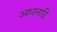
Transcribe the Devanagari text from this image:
आधानादि